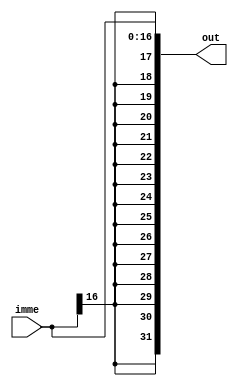
module sign_extend (out, imme);
 output [31:0] out;
 input [16:0] imme;
 
 genvar i;
 generate for(i=0; i<17; i=i+1) begin:copy_loop
  and (out[i], imme[i], 1'b1);
 end
 endgenerate

 generate for(i=17; i<32; i=i+1) begin:extend_loop
  and (out[i], imme[16], 1'b1);
 end
 endgenerate

endmodule